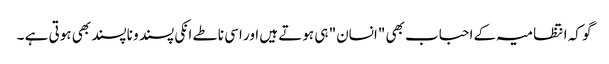
گو کہ انتظامیہ کے احباب بھی "انسان" ہی ہوتے ہیں اور اسی ناطے انکی پسند و ناپسند بھی ہوتی ہے ۔